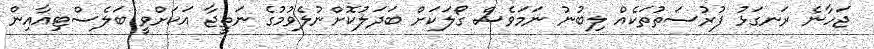
ޖަހާނެ ރަނގަޅު ފުރުސަތުތަކެއް ލިބުނު ނަމަވެސް ގޯލަކަށް ބަދަލުކޮށްނުލެވުމުގެ ނަތީޖާ އަކަށްވީ ބަލެސްޓިއާއިން